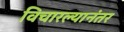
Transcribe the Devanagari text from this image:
विचारल्यानंतर